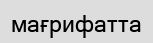
мағрифатта